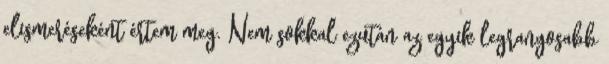
elismeréseként értem meg. Nem sokkal ezután az egyik legrangosabb